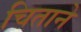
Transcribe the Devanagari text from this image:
चिताने